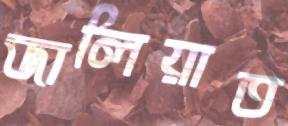
জালিয়াত